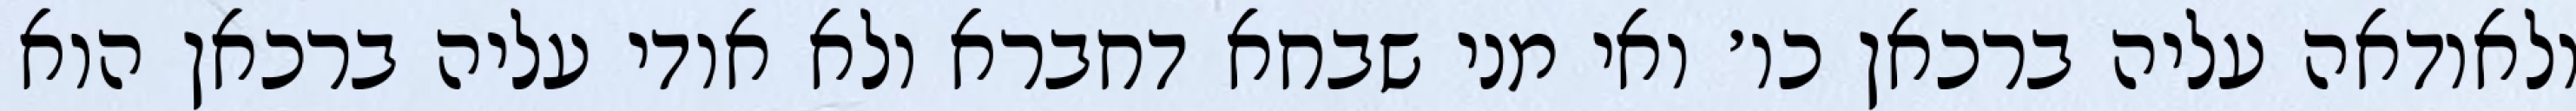
ולאודאה עליה ברכאן כו׳ ואי מני שבחא דחברא ולא אודי עליה ברכאן הוא